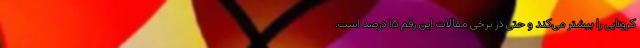
کرونایی را بیشتر می‌کند و حتی در برخی مقالات این رقم ۱۵ درصد است.